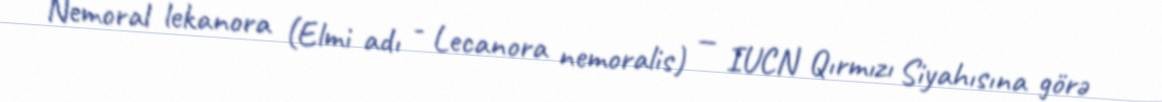
Nemoral lekanora (Elmi adı - Lecanora nemoralis) — IUCN Qırmızı Siyahısına görə